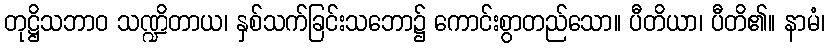
တုဋ္ဌိသဘာဝ သဏ္ဍိတာယ၊ နှစ်သက်ခြင်းသဘော၌ ကောင်းစွာတည်သော။ ပီတိယာ၊ ပီတိ၏။ နာမံ၊